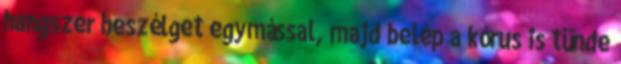
hangszer beszélget egymással, majd belép a kórus is tünde